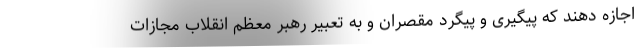
اجازه دهند که پیگیری و پیگرد مقصران و به تعبیر رهبر معظم انقلاب مجازات